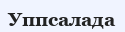
Уппсалада